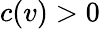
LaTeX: c(v)>0